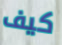
كيف